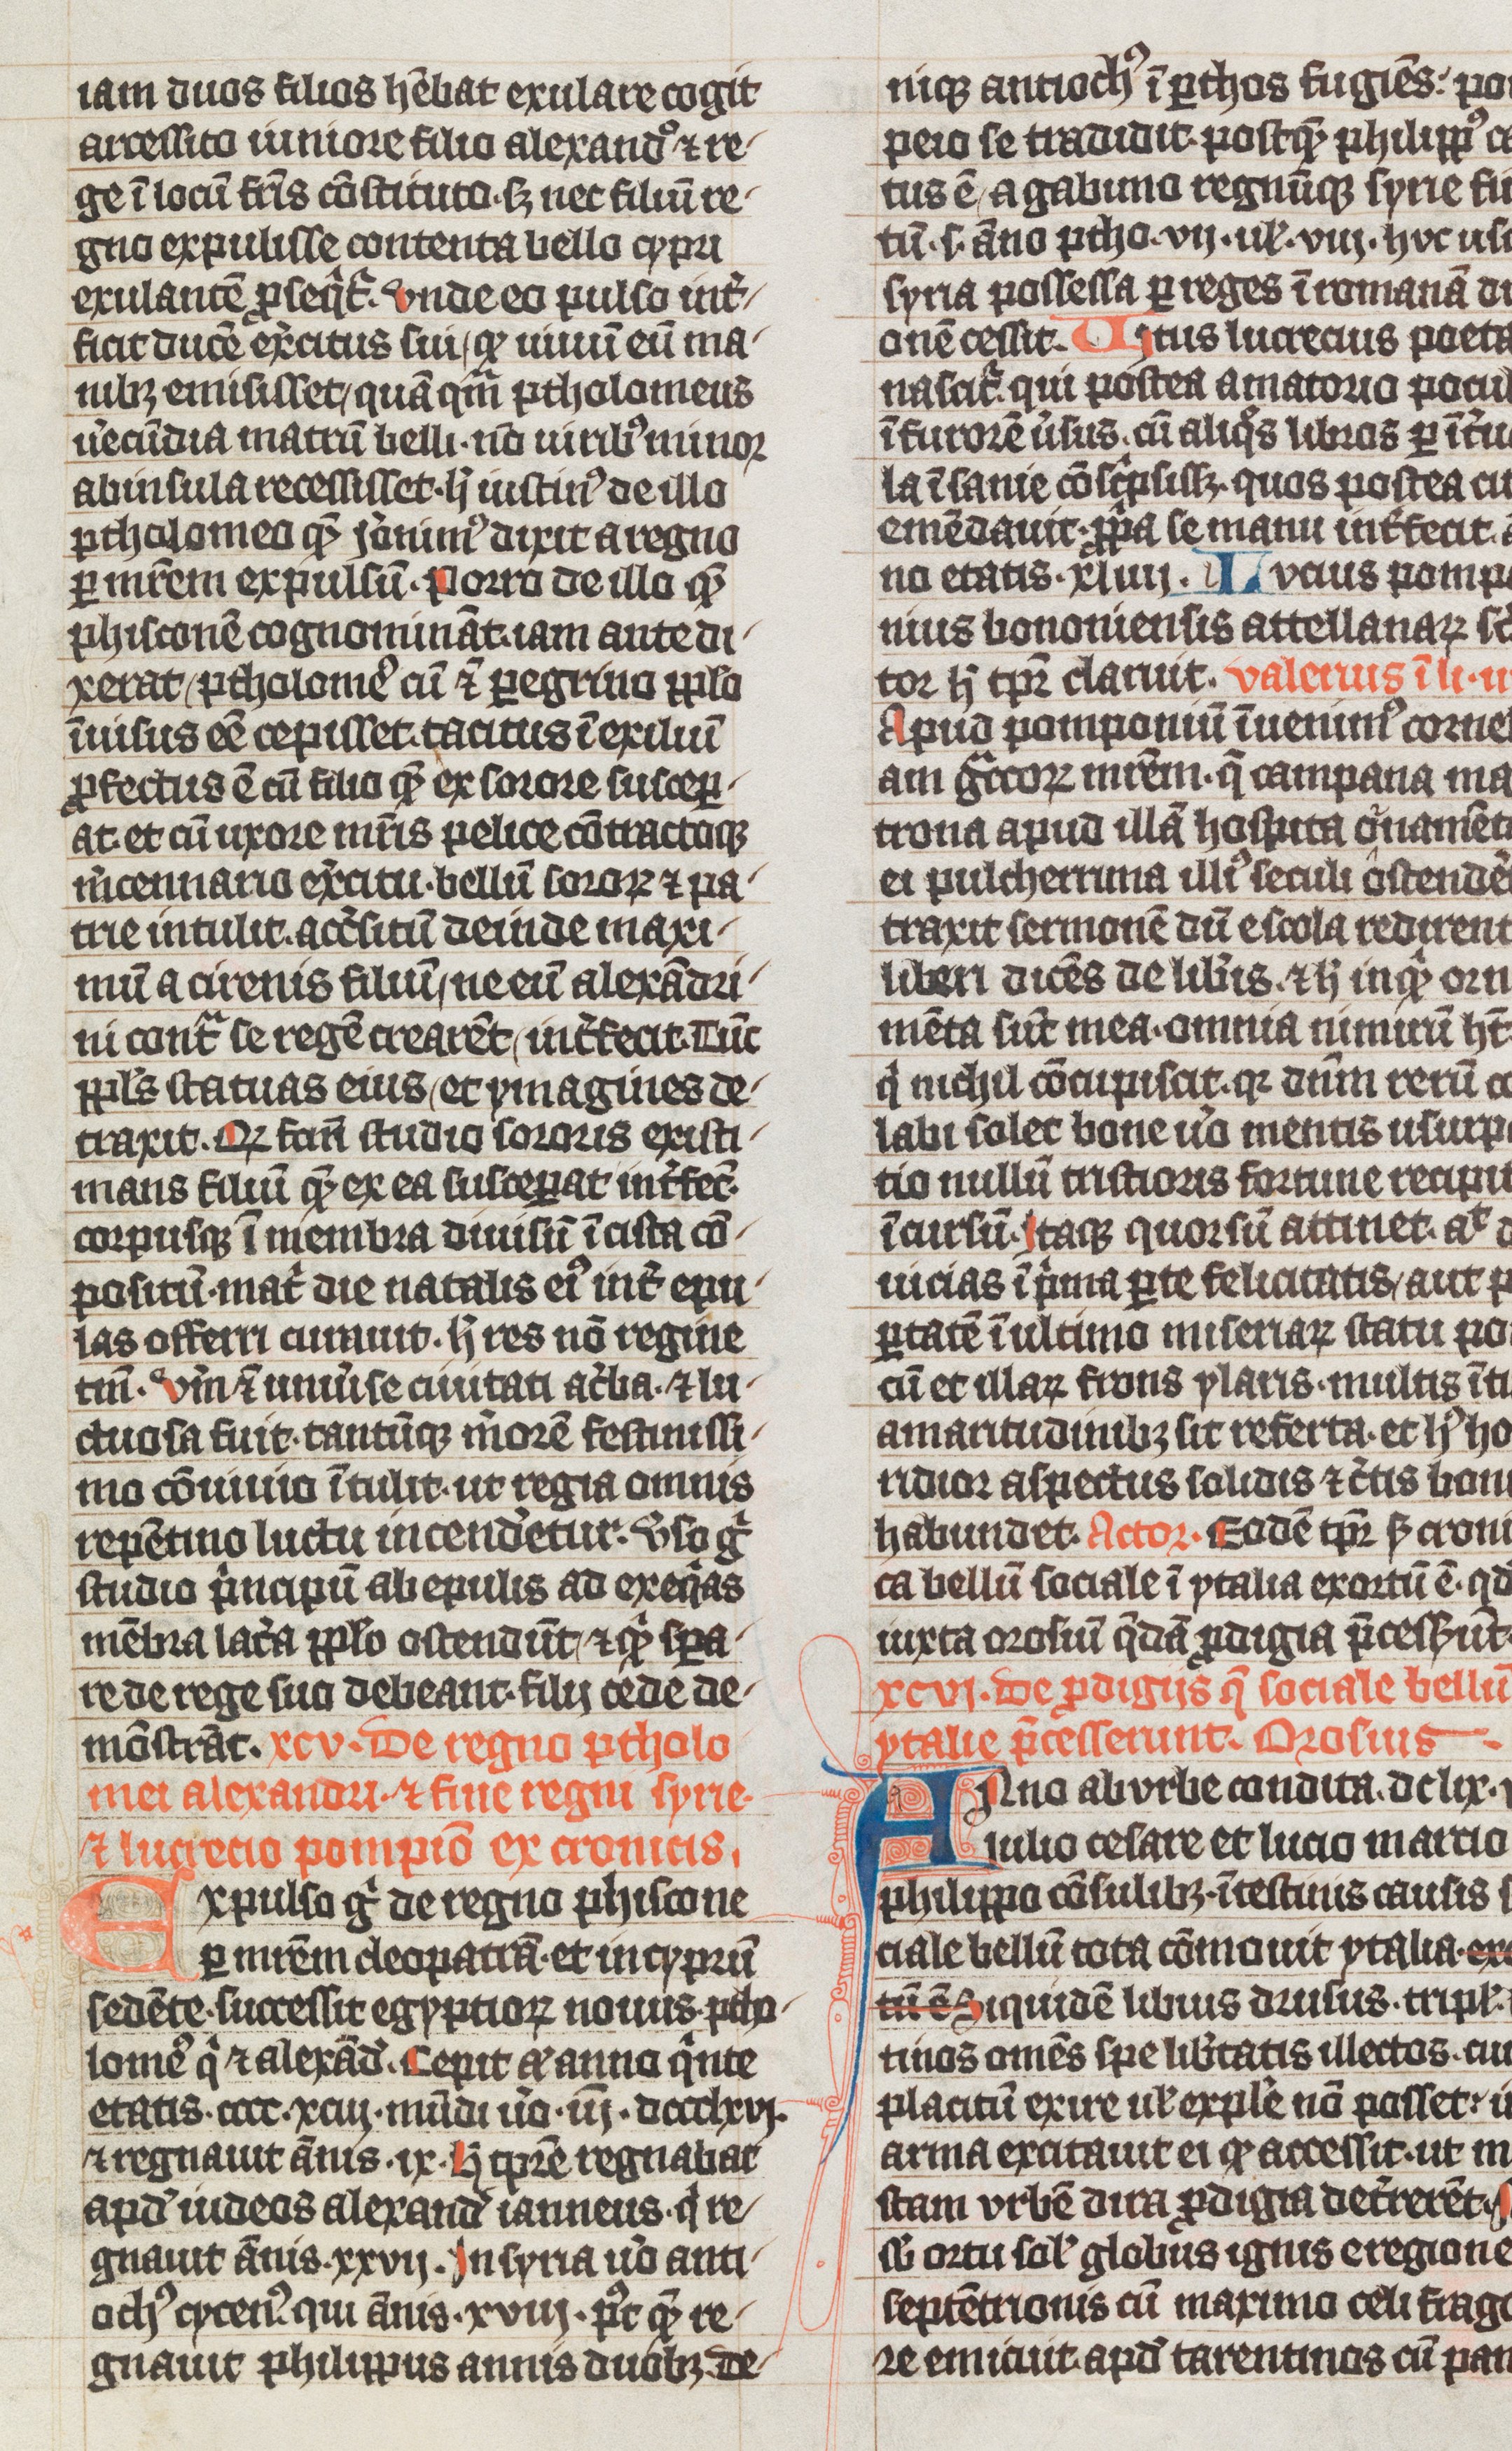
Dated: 1338–1338